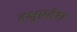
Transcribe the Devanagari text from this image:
वक्षुप्रदेश